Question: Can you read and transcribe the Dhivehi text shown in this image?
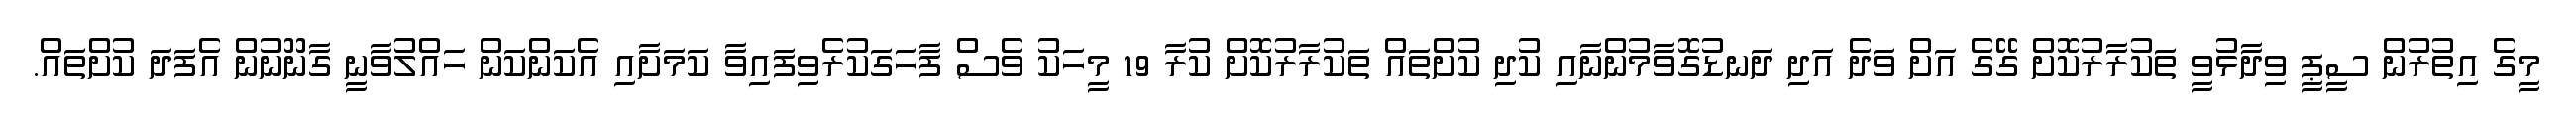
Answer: މީގެ އިތުރުން ސީޕީ ވިދާޅުވީ ތަކުރާރުކޮށް ގޭގެ އަށް ވަދެ އަދި ދަނޑުގޮވާމުންނާއި ކުދި ކުށްތައް ތަކުރާރުކޮށް ކުރާ 19 މީހަކު ވެސް ފާހަގަކުރެވިފައިވާ ކަމަށާއި އެކަންކަން ހައްލުވާނީ ގާނޫނުން އެފަދަ ކުށްތައް.